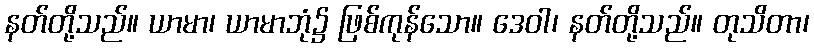
နတ်တို့သည်။ ယာမာ၊ ယာမာဘုံ၌ ဖြစ်ကုန်သော။ ဒေဝါ၊ နတ်တို့သည်။ တုသိတာ၊